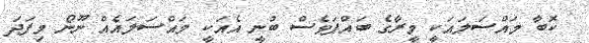
ކޮބާ މައްސަލައަކީ މީރާގެ ބައްޕަވެސް ބުނީ އެއަކީ މައްސަލައެއް ނޫނޯ މިފަދަ